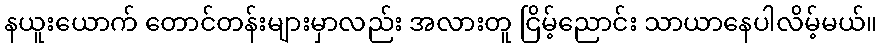
နယူးယောက် တောင်တန်းများမှာလည်း အလားတူ ငြိမ့်ညောင်း သာယာနေပါလိမ့်မယ်။